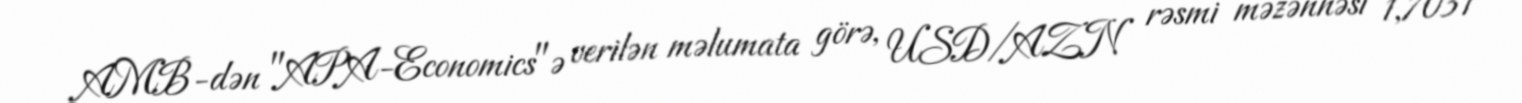
AMB-dən "APA-Economics"ə verilən məlumata görə, USD/AZN rəsmi məzənnəsi 1,7031